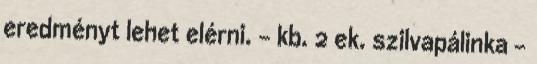
eredményt lehet elérni. - kb. 2 ek. szilvapálinka -